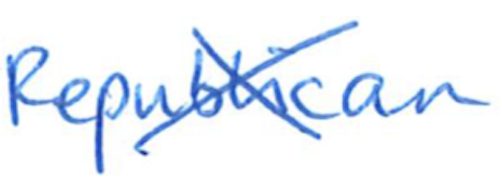
Text: Republican
Cross-out: cross
Writing tool: ballpoint